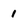
Character: 1